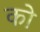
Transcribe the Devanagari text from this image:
को